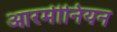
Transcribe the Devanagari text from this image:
आरमीनियन